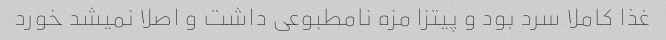
غذا کاملا سرد بود و پیتزا مزه نامطبوعی داشت و اصلا نمیشد خورد